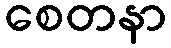
စေတနာ